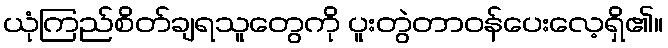
ယုံကြည်စိတ်ချရသူတွေကို ပူးတွဲတာဝန်ပေးလေ့ရှိ၏။